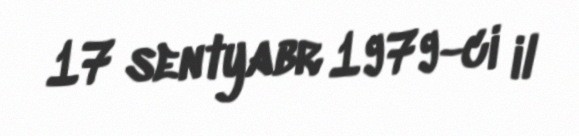
17 sentyabr 1979-ci il